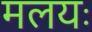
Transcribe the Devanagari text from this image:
मलयः